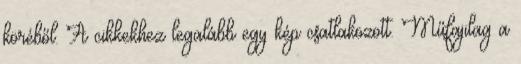
köréből. A cikkekhez legalább egy kép csatlakozott. Műfajilag a